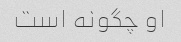
او چگونه است